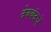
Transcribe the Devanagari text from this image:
देवबंदचे